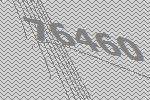
76460